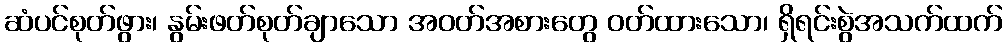
ဆံပင်စုတ်ဖွား၊ နွမ်းဖတ်စုတ်ချာသော အဝတ်အစားတွေ ဝတ်ထားသော၊ ရှိရင်းစွဲအသက်ထက်